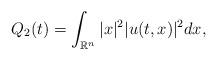
LaTeX: \begin{align*}Q_2(t) = \int_{\mathbb R^n} |x|^2 |u(t,x)|^2 dx,\end{align*}